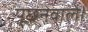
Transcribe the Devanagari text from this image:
पूछनेवाले।